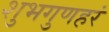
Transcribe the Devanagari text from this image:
शुभगुणहरं